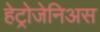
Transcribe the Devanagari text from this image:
हेट्रोजेनिअस